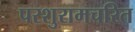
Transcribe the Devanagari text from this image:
परशुरामचरित